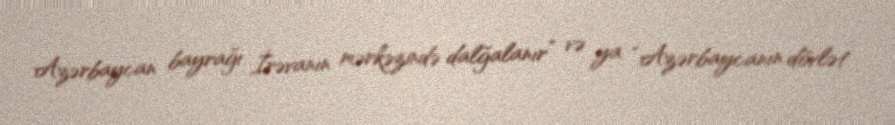
Azərbaycan bayrağı İrəvanın mərkəzində dalğalanır” və ya “Azərbaycanın dövlət